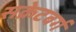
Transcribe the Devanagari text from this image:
सक्रेटबर्ग